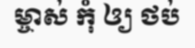
ម្ចាស់ កុំ ឲ្យ ថប់